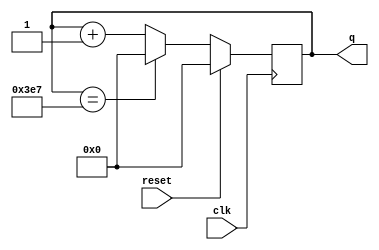
module top_module (
    input clk,
    input reset,
    output [9:0] q);

    always @(posedge clk) begin
        if (reset) begin
            q <= 0;
        end
        else if (q == 999) begin
            q <= 0;
        end
        else begin
            q <= q + 1;
        end
    end

endmodule